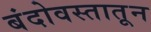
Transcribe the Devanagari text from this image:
बंदोवस्तातून